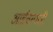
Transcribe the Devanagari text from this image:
आईवायसी